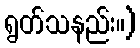
ရွတ်သနည်း။)